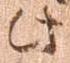
此